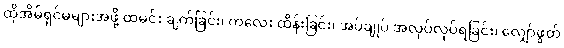
ထိုအိမ်ရှင်မများအဖို့ ထမင်း ချက်ခြင်း၊ ကလေး ထိန်းခြင်း၊ အပ်ချုပ် အလုပ်လုပ်ရခြင်း၊ လျှော်ဖွတ်